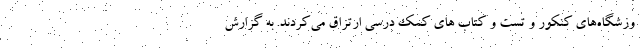
وزشگاه‌های کنکور و تست و کتاب های کمک درسی ارتزاق می‌کردند. به گزارش